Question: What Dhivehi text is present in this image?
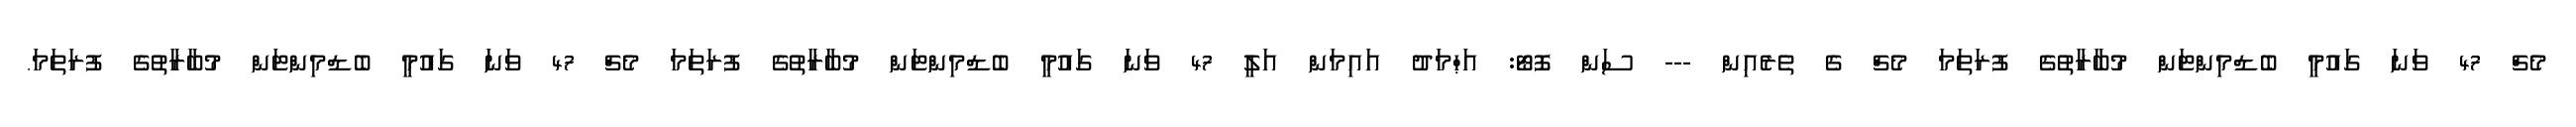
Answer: މެޗް 47 ވަނަ ގައުމީ ބެޑްމިންޓަން މުބާރާތުގެ ފުރަތަމަ މެޗް ގެ ތެރެއިން --- ސަން ފޮޓޯ: އަޙްމަދު އައިމަން އަލީ 47 ވަނަ ގައުމީ ބެޑްމިންޓަން މުބާރާތުގެ ފުރަތަމަ މެޗް 47 ވަނަ ގައުމީ ބެޑްމިންޓަން މުބާރާތުގެ ފުރަތަމަ.